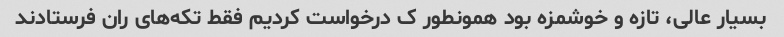
بسیار عالی، تازه و خوشمزه بود همونطور ک درخواست کردیم فقط تکه‌های ران فرستادند